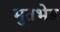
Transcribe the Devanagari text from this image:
मुतभेड